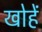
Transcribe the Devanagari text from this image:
खोहें